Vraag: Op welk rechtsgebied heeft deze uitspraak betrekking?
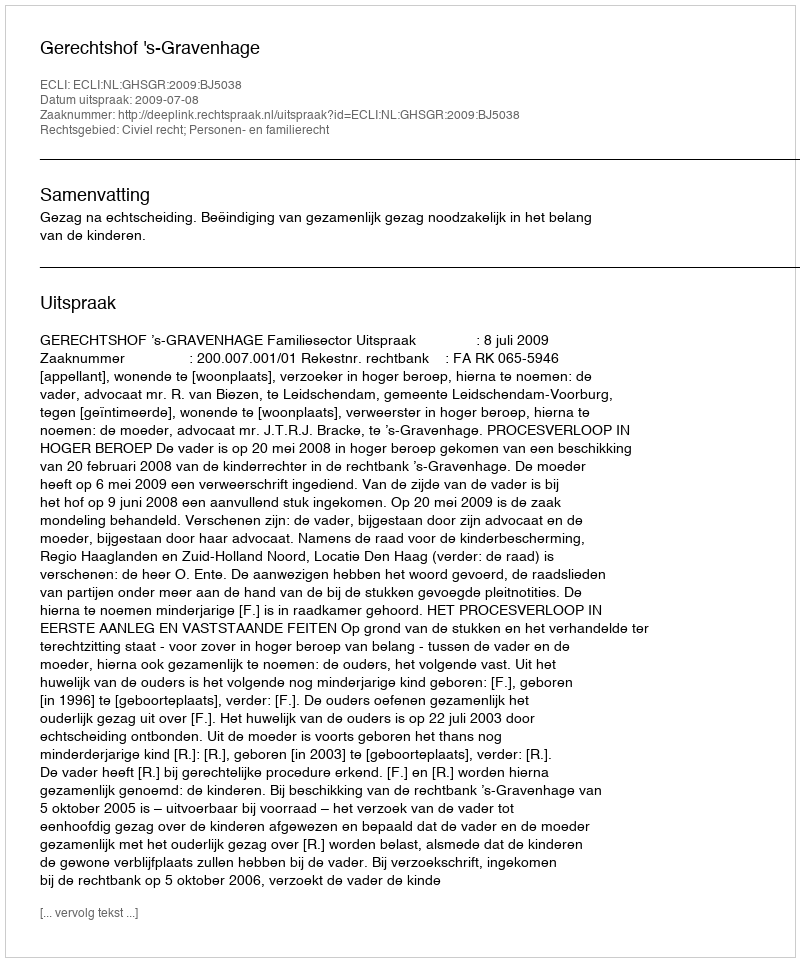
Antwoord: Civiel recht; Personen- en familierecht